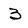
Character: 3